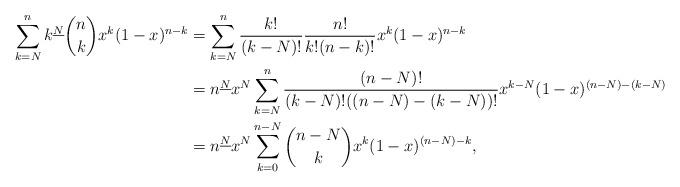
LaTeX: \begin{align*}\sum_{k=N}^n k^{\underline{N}} \binom{n}{k} x^k (1 - x)^{n-k} & = \sum_{k=N}^n \frac{k!}{(k-N)!} \frac{n!}{k!(n-k)!} x^k (1-x)^{n-k} \\& = n^{\underline{N}} x^N \sum_{k=N}^n \frac{(n-N)!}{(k-N)!((n-N)-(k-N))!} x^{k-N} (1-x)^{(n-N)-(k-N)} \\& = n^{\underline{N}} x^N \sum_{k=0}^{n-N} \binom{n-N}{k} x^k (1-x)^{(n-N)-k},\end{align*}